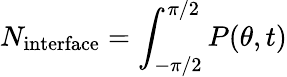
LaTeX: N_{\mathrm{interface}}=\int_{-\pi/2}^{\pi/2}P(\theta,t)